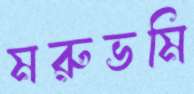
মরুভমি